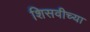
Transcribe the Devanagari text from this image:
शिसवीच्या